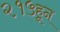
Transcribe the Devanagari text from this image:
२१५हून